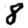
Digit: 8